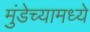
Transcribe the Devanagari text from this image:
मुंडेच्यामध्ये